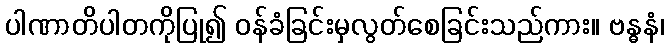
ပါဏာတိပါတကိုပြု၍ ဝန်ခံခြင်းမှလွတ်စေခြင်းသည်ကား။ ဗန္ဓနံ၊